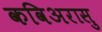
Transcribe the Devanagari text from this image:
कविअरासु